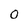
Character: 0